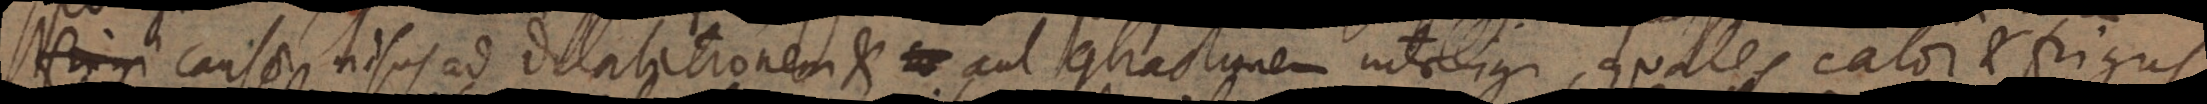
causae nisus ad dilatationem aut contractionem intelligi, quales calor et frigus.